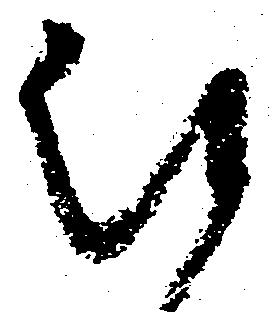
被